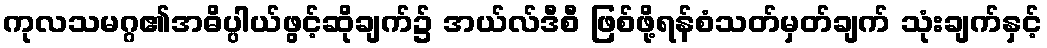
ကုလသမဂ္ဂ၏အဓိပ္ပါယ်ဖွင့်ဆိုချက်၌ အယ်လ်ဒီစီ ဖြစ်ဖို့ရန်စံသတ်မှတ်ချက် သုံးချက်နှင့်